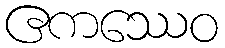
ဧကဿေဝ